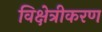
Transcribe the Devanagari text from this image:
विक्षेत्रीकरण